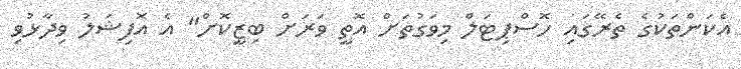
އެކަންތަކުގެ ތެރޭގައި ހޮސްޕިޓަލް މިވަގުތަށް އޮތީ ވަރަށް ބިޒީކޮށް" އެ އޮފިޝަލު ވިދާޅުވި